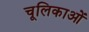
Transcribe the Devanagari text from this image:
चूलिकाओं